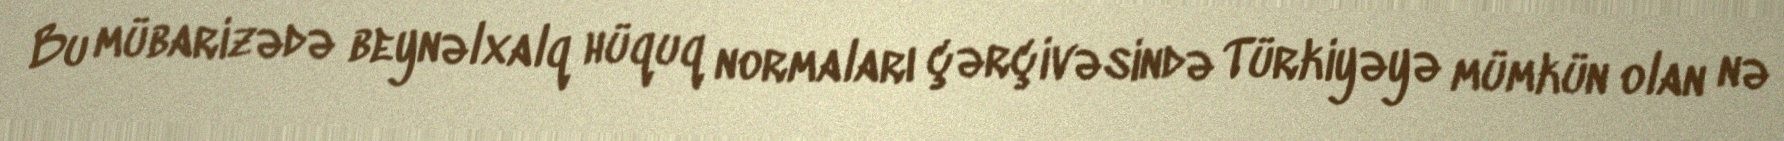
Bu mübarizədə beynəlxalq hüquq normaları çərçivəsində Türkiyəyə mümkün olan nə